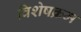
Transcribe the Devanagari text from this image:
विशेषक्रम